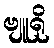
ဗျူရို